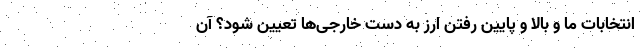
انتخابات ما و بالا و پایین رفتن ارز به دست خارجی‌ها تعیین شود؟ آن